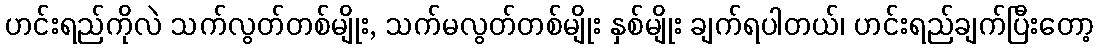
ဟင်းရည်ကိုလဲ သက်လွတ်တစ်မျိုး, သက်မလွတ်တစ်မျိုး နှစ်မျိုး ချက်ရပါတယ်၊ ဟင်းရည်ချက်ပြီးတော့